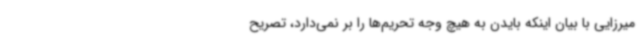
میرزایی با بیان اینکه بایدن به هیچ وجه تحریم‌ها را بر نمی‌دارد، تصریح